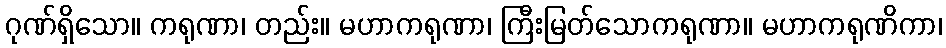
ဂုဏ်ရှိသော။ ကရုဏာ၊ တည်း။ မဟာကရုဏာ၊ ကြီးမြတ်သောကရုဏာ။ မဟာကရုဏိကာ၊